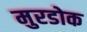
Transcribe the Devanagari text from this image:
मुरडोक